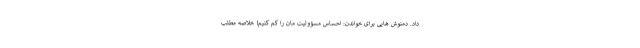
داد. دمنوش هایی برای خواندن: احساس مسؤولیت مان را کم کنیم! خلاصه مطلب